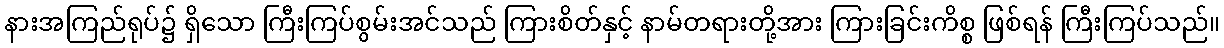
နားအကြည်ရုပ်၌ ရှိသော ကြီးကြပ်စွမ်းအင်သည် ကြားစိတ်နှင့် နာမ်တရားတို့အား ကြားခြင်းကိစ္စ ဖြစ်ရန် ကြီးကြပ်သည်။